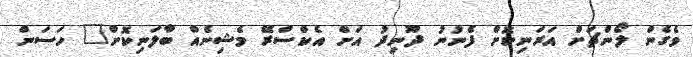
ވެގެން ލޯންޗަށް އަރަނިކޮށް ފެނުނު ދޫނިދު އަށް އެކްސްރޭ މެޝިނެއް ބާލަނިކޮށް" ހަސަން